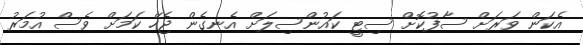
އެކަން ވަރަށް ސާފުކޮށް ސިޓީ ކައުންސިލަށް އެނގެން ޖެހޭ ކަމަށް ވެސް އުމަރު